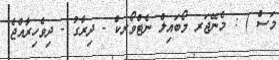
މަސް ) : މެނޭޖަރ މޯބައިލް ނެޓްވޯރކް - ދިރާގު - ދިވެހިރާއްޖެ